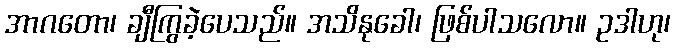
အာဂတော၊ ချီကြွခဲ့ပေသည်။ အသိနုခေါ၊ ဖြစ်ပါသလော။ ဥဒါဟု၊